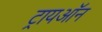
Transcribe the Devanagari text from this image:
ट्रायऑन